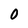
Character: 0